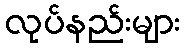
လုပ်နည်းများ